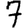
Digit: 7